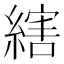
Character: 縖